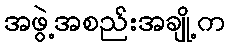
အဖွဲ့အစည်းအချို့က